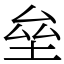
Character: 垒